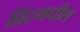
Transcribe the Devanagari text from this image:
प्रिंटमधील